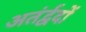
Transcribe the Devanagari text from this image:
अतंर्द्वदों